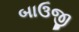
બાઉજી